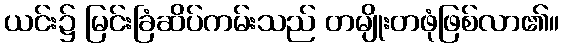
ယင်း၌ မြင်းခြံဆိပ်ကမ်းသည် တမျိုးတဖုံဖြစ်လာ၏။